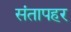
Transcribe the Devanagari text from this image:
संतापहर